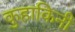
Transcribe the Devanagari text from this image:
कुहाकिनी